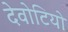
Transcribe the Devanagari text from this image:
देवोटियो